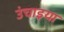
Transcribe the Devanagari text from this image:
उंचाइया